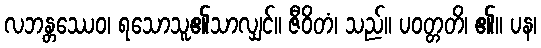
လဘန္တဿေဝ၊ ရသောသူ၏သာလျှင်။ ဇီဝိတံ၊ သည်။ ပဝတ္တတိ၊ ၏။ ပန၊